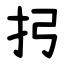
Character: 㧈